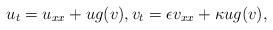
LaTeX: \begin{align*}u_t=u_{xx}+ug(v),v_t=\epsilon v_{xx}+\kappa ug(v),\end{align*}